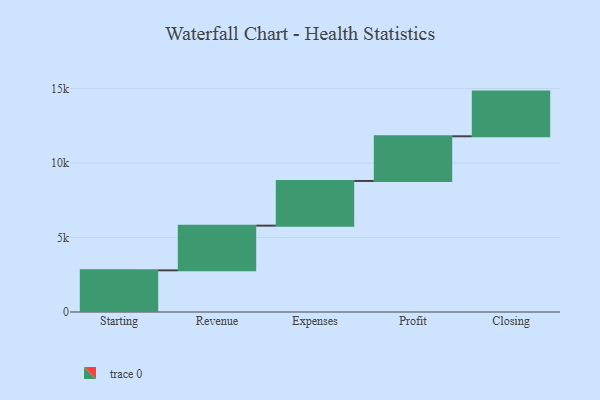
{"axis": {"x": "Step", "y": "Value"}, "legend": [""], "data": [{"x": "Starting", "y": 2798.0, "type": ""}, {"x": "Revenue", "y": 3000, "type": ""}, {"x": "Expenses", "y": 3000, "type": ""}, {"x": "Profit", "y": 3000, "type": ""}, {"x": "Closing", "y": 3000, "type": ""}]}